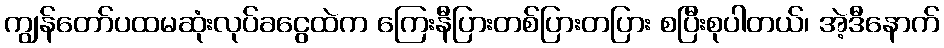
ကျွန်တော်ပထမဆုံးလုပ်ခငွေထဲက ကြေးနီပြားတစ်ပြားတပြား စပြီးစုပါတယ်၊ အဲ့ဒီနောက်